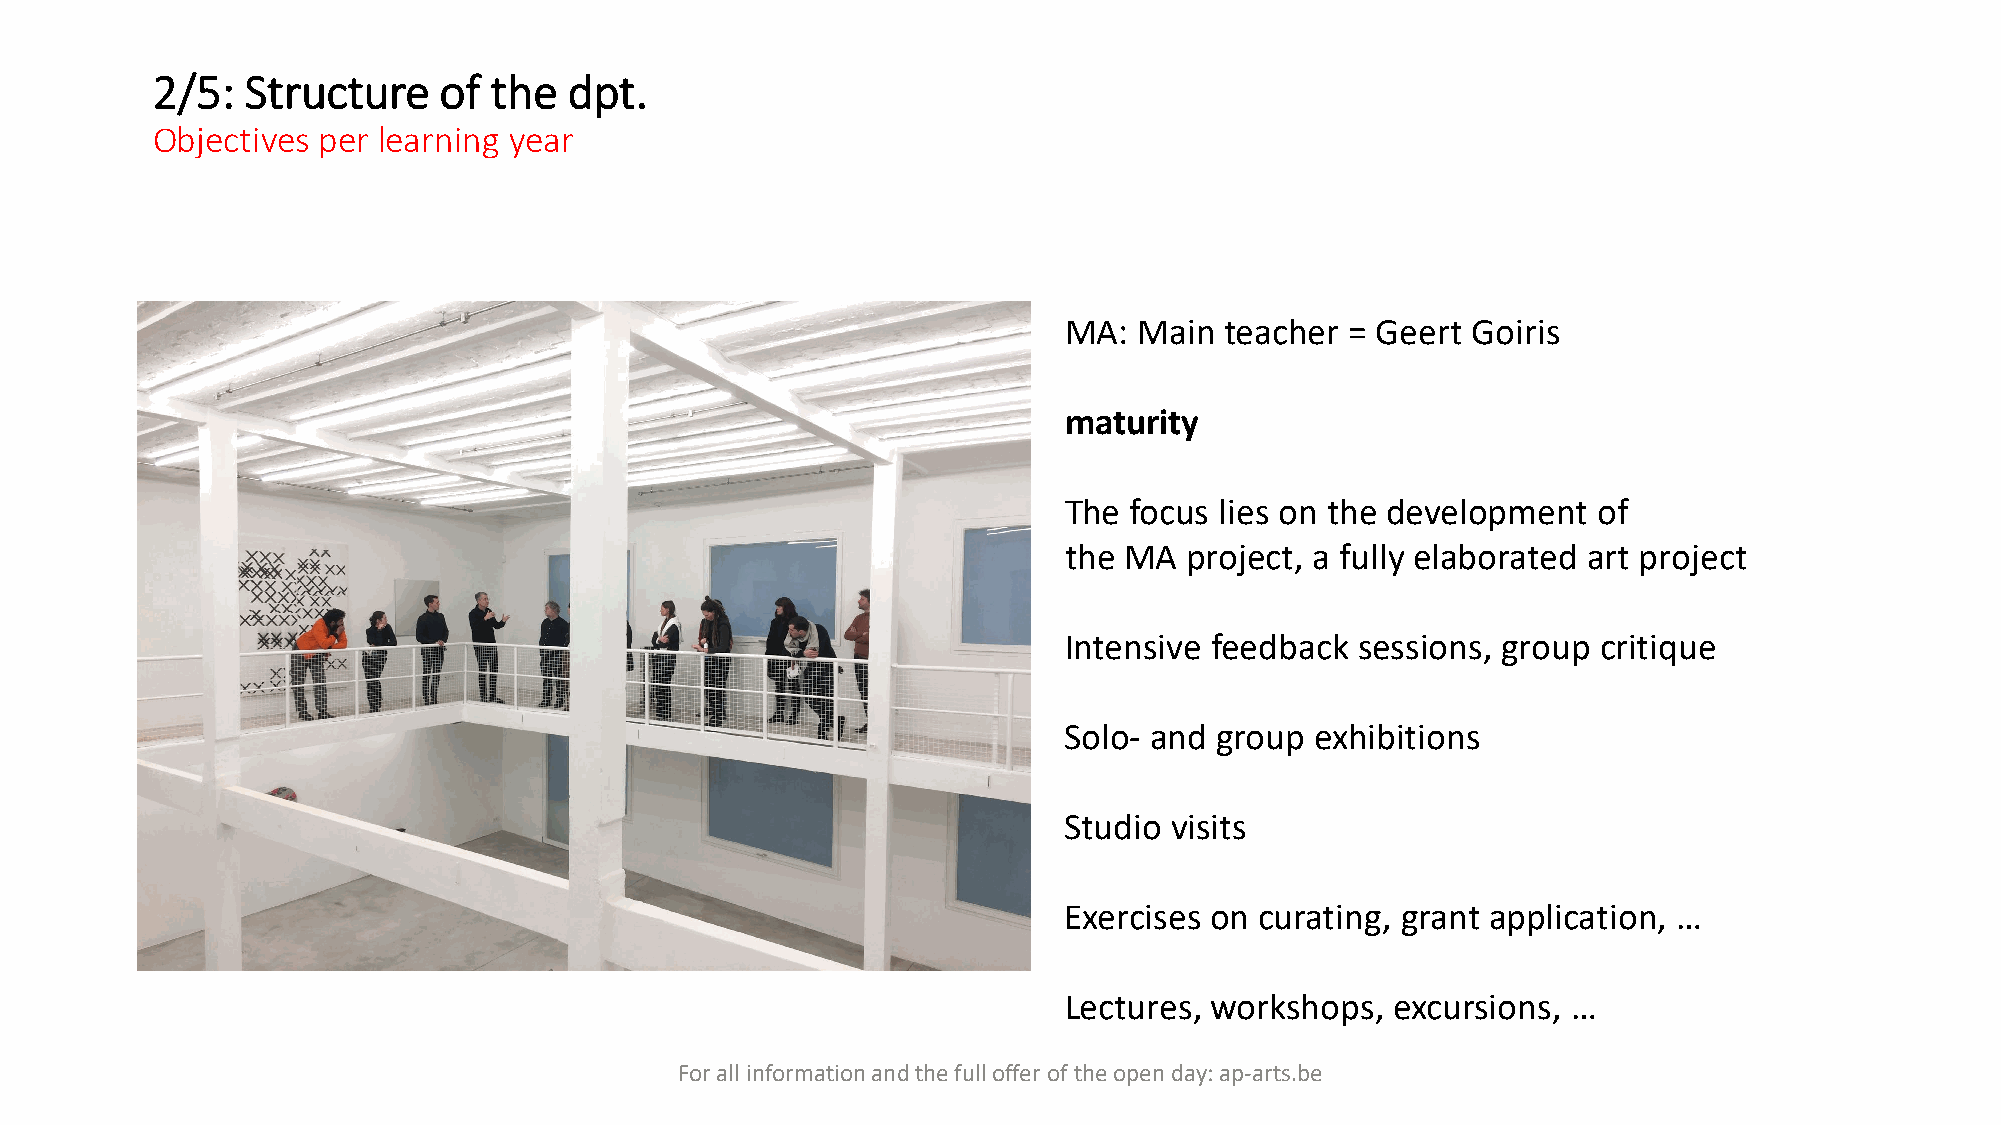
2/5:  Structure    of the   dpt.
 Objectives per learning year
 MA:  Main  teacher = Geert Goiris
 maturity
 The  focus lies on the development  of
 the MA   project, a fully elaborated art project
 Intensive feedback  sessions, group critique
 Solo- and group  exhibitions
 Studio visits
 Exercises on curating, grant application, …
 Lectures, workshops,  excursions, …
 For all information and the full offer of the open day: ap-arts.be